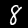
Label: 8